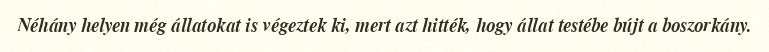
Néhány helyen még állatokat is végeztek ki, mert azt hitték, hogy állat testébe bújt a boszorkány.